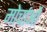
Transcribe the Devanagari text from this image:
मोर्चाओं